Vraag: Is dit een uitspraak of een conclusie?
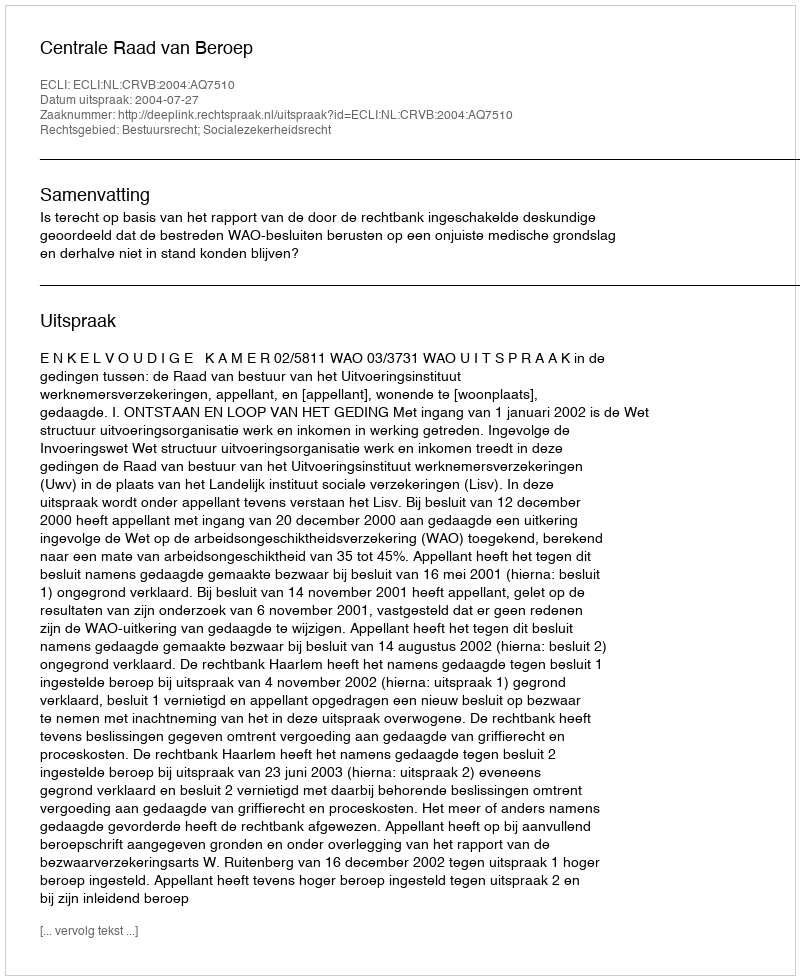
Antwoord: Uitspraak